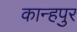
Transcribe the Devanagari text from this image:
कान्हपुर